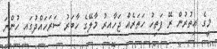
މީގެ އިތުރުން ރޭ ފަތިހު ހަތަރެއް ޖަހާއިރު މާލޭގެ ހާބަރު ސަރަހައްދުގައި ހުންނަ